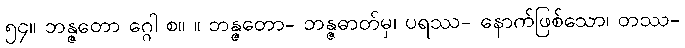
၅၄။ ဘန္ဇတော ဂ္ဂေါ စ။ ။ ဘန္ဇတော- ဘန္ဇဓာတ်မှ၊ ပရဿ- နောက်ဖြစ်သော၊ တဿ-